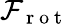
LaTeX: \mathcal{F}_{\mathrm{~r~o~t~}}